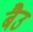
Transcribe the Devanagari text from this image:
बैउ